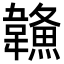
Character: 𩏦